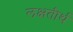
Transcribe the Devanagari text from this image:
लक्षतीर्थ